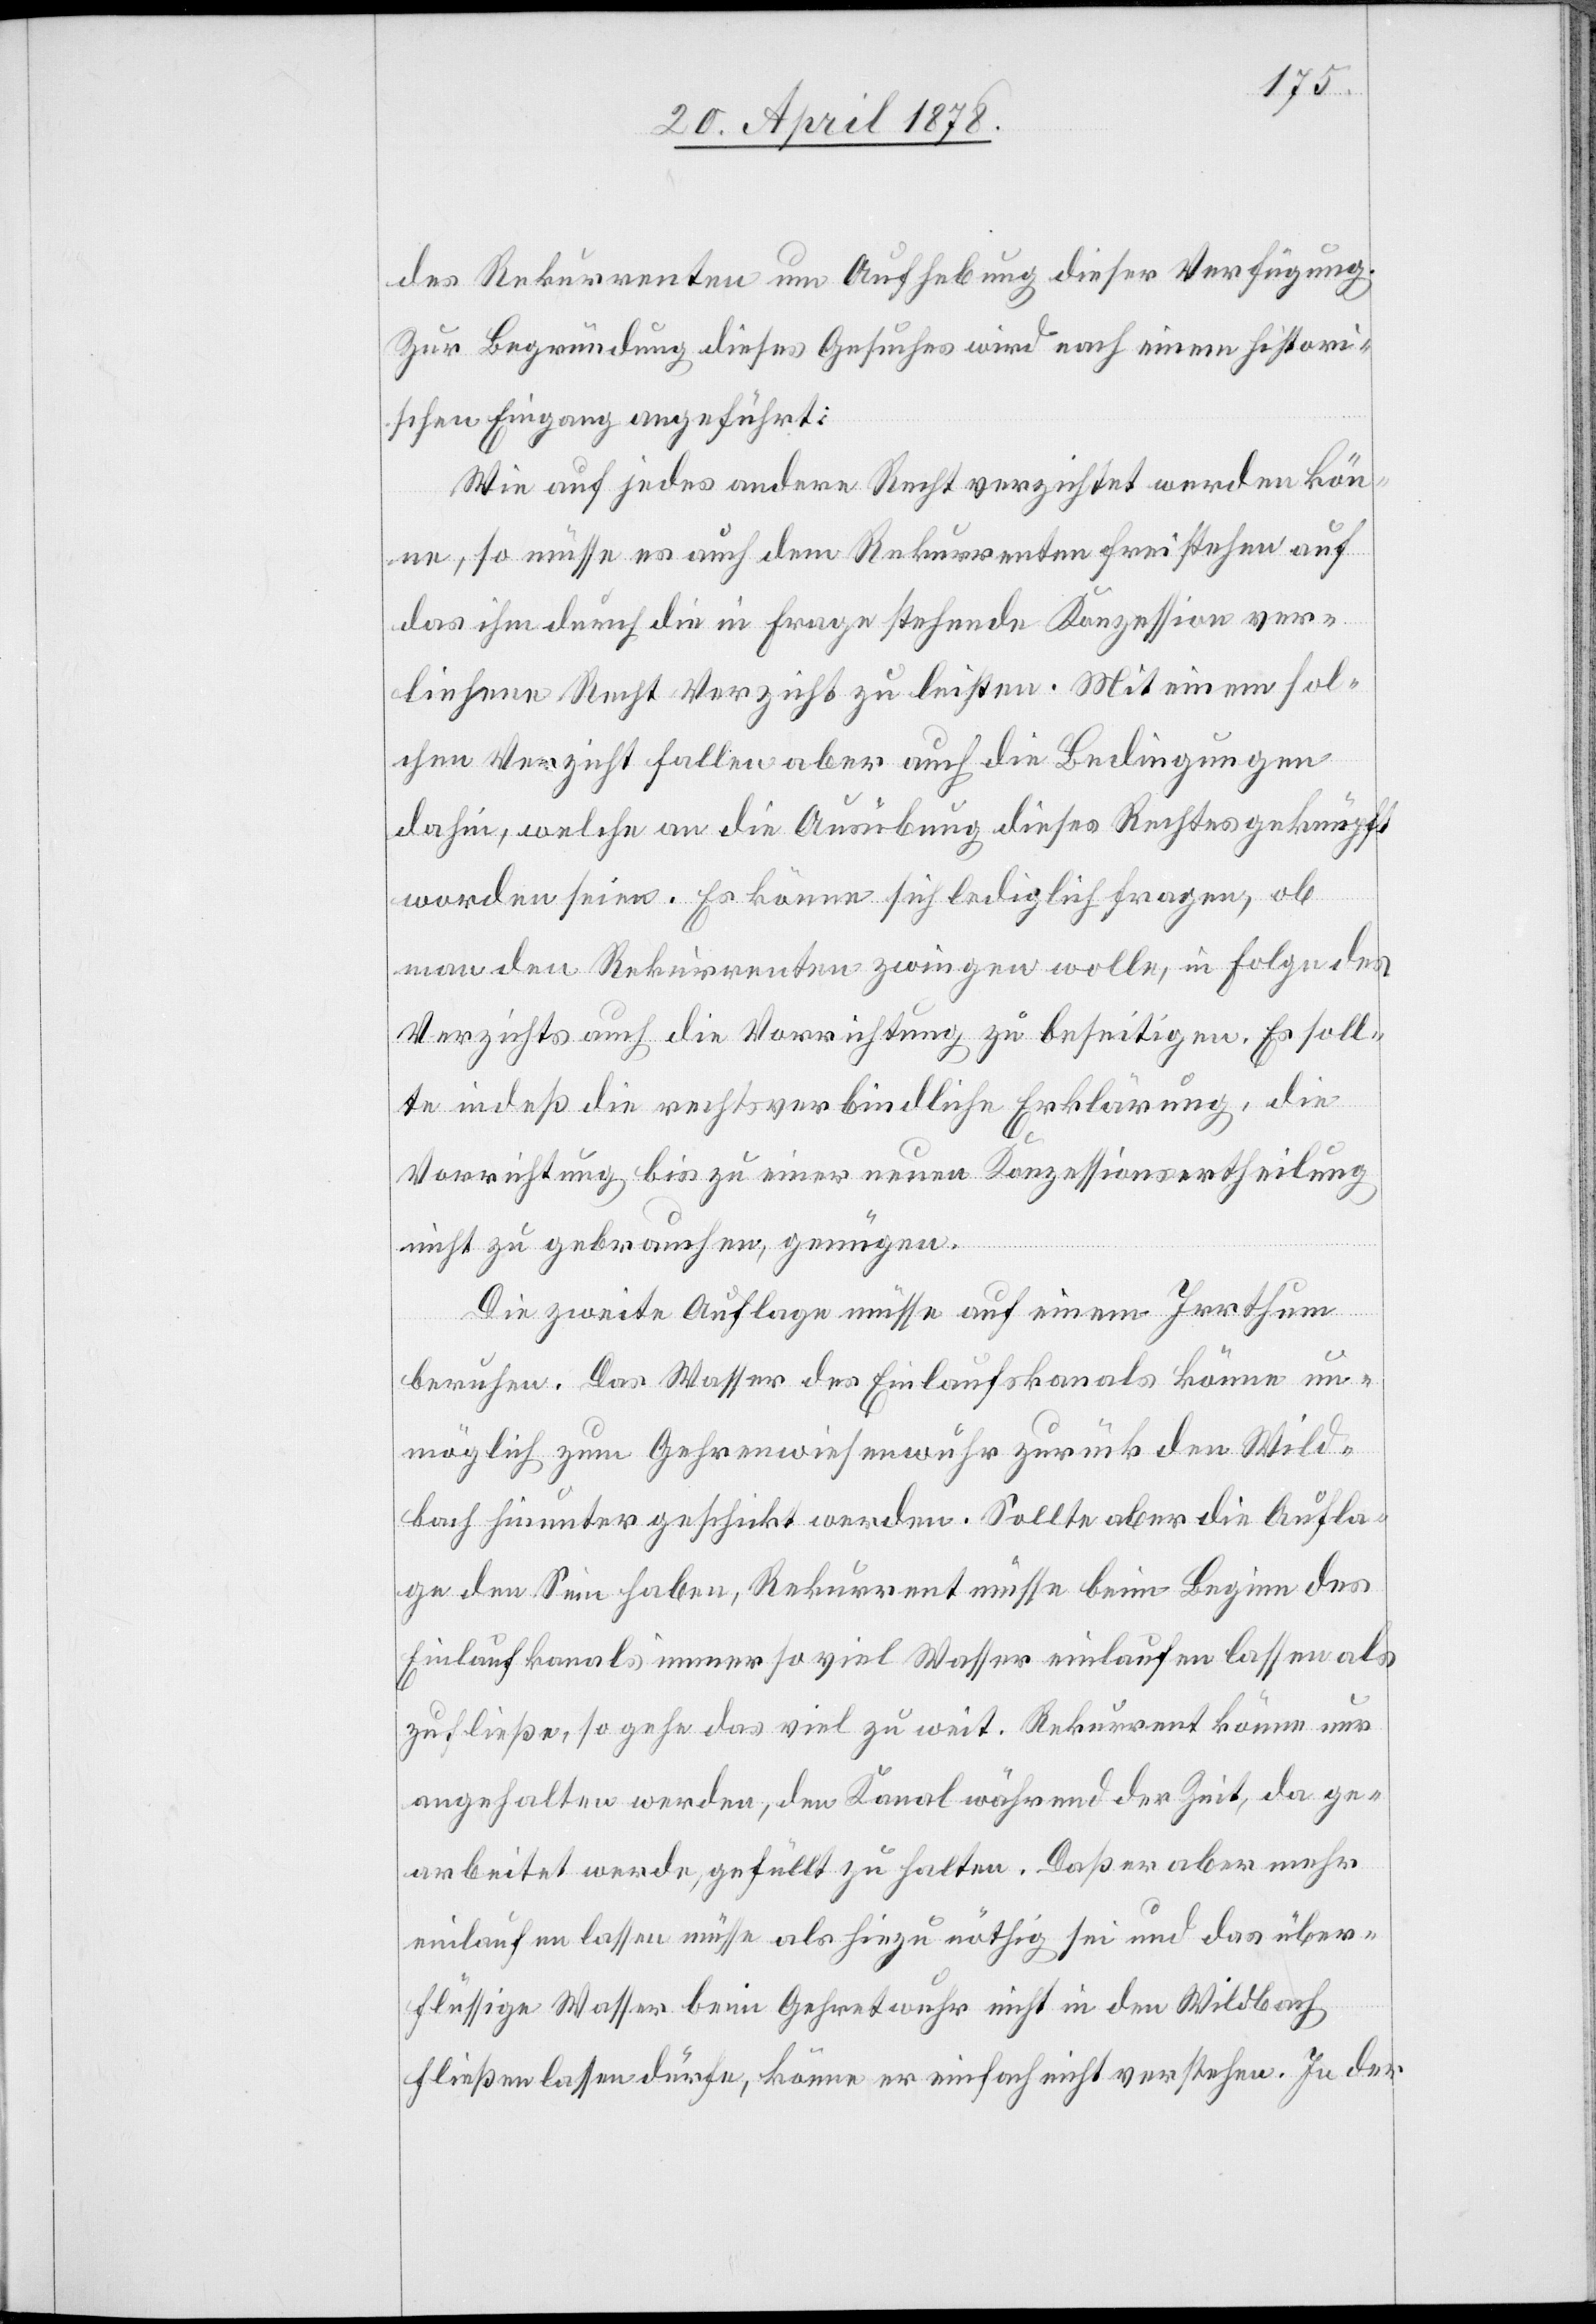
des Rekurrenten um Aufhebung dieser Verfügung.
Zur Begründung dieses Gesuches wird nach einem histori¬
schen Eingang angeführt:
Wie auf jedes andere Recht verzichtet werden kön¬
ne, so müsse es auch dem Rekurrenten freistehen auf
das ihm durch die in Frage stehende Konzession ver¬
liehene Recht Verzicht zu leisten. Mit einem sol¬
chen Verzicht fallen aber auch die Bedingungen
dahin, welche an die Ausübung dieses Rechts geknüpft
worden seien. Es könne sich lediglich fragen, ob
man den Rekurrenten zwingen wolle, in Folge des
Verzichts auch die Vorrichtung zu beseitigen. Es soll¬
te indeß die rechtsverbindliche Erklärung, die
Vorrichtung bis zu einer neuen Konzessionsertheilung
nicht zu gebrauchen, genügen.
Die zweite Auflage müsse auf einem Irrthum
beruhen. Das Wasser des Einlaufskanals könne un¬
möglich zum Gehrenwiesenwuhr zurück den Wild¬
bach hinunter geschickt werden. Sollte aber die Aufla¬
ge den Sinn haben, Rekurrent müsse beim Beginn des
Einlaufkanals immer so viel Wasser einlaufen lassen als
zufließe, so gehe das viel zu weit. Rekurrent könne nur
angehalten werden, den Kanal während der Zeit, da ge¬
arbeitet werde, gefüllt zu halten. Daß er aber mehr
einlaufen lassen müsse als hiezu nöthig sei und das über¬
flüssige Wasser beim Gehretwuhr nicht in den Wildbach
fließen lassen dürfe, könne er einfach nicht verstehen. In der